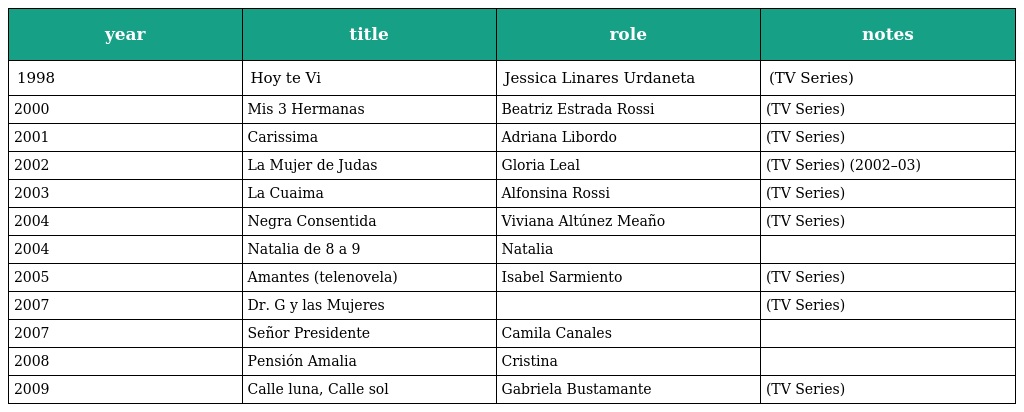
| year | title | role | notes |
 | --- | --- | --- | --- |
 | 1998 | Hoy te Vi | Jessica Linares Urdaneta | (TV Series) |
 | 2000 | Mis 3 Hermanas | Beatriz Estrada Rossi | (TV Series) |
 | 2001 | Carissima | Adriana Libordo | (TV Series) |
 | 2002 | La Mujer de Judas | Gloria Leal | (TV Series) (2002–03) |
 | 2003 | La Cuaima | Alfonsina Rossi | (TV Series) |
 | 2004 | Negra Consentida | Viviana Altúnez Meaño | (TV Series) |
 | 2004 | Natalia de 8 a 9 | Natalia |  |
 | 2005 | Amantes (telenovela) | Isabel Sarmiento | (TV Series) |
 | 2007 | Dr. G y las Mujeres |  | (TV Series) |
 | 2007 | Señor Presidente | Camila Canales |  |
 | 2008 | Pensión Amalia | Cristina |  |
 | 2009 | Calle luna, Calle sol | Gabriela Bustamante | (TV Series) |